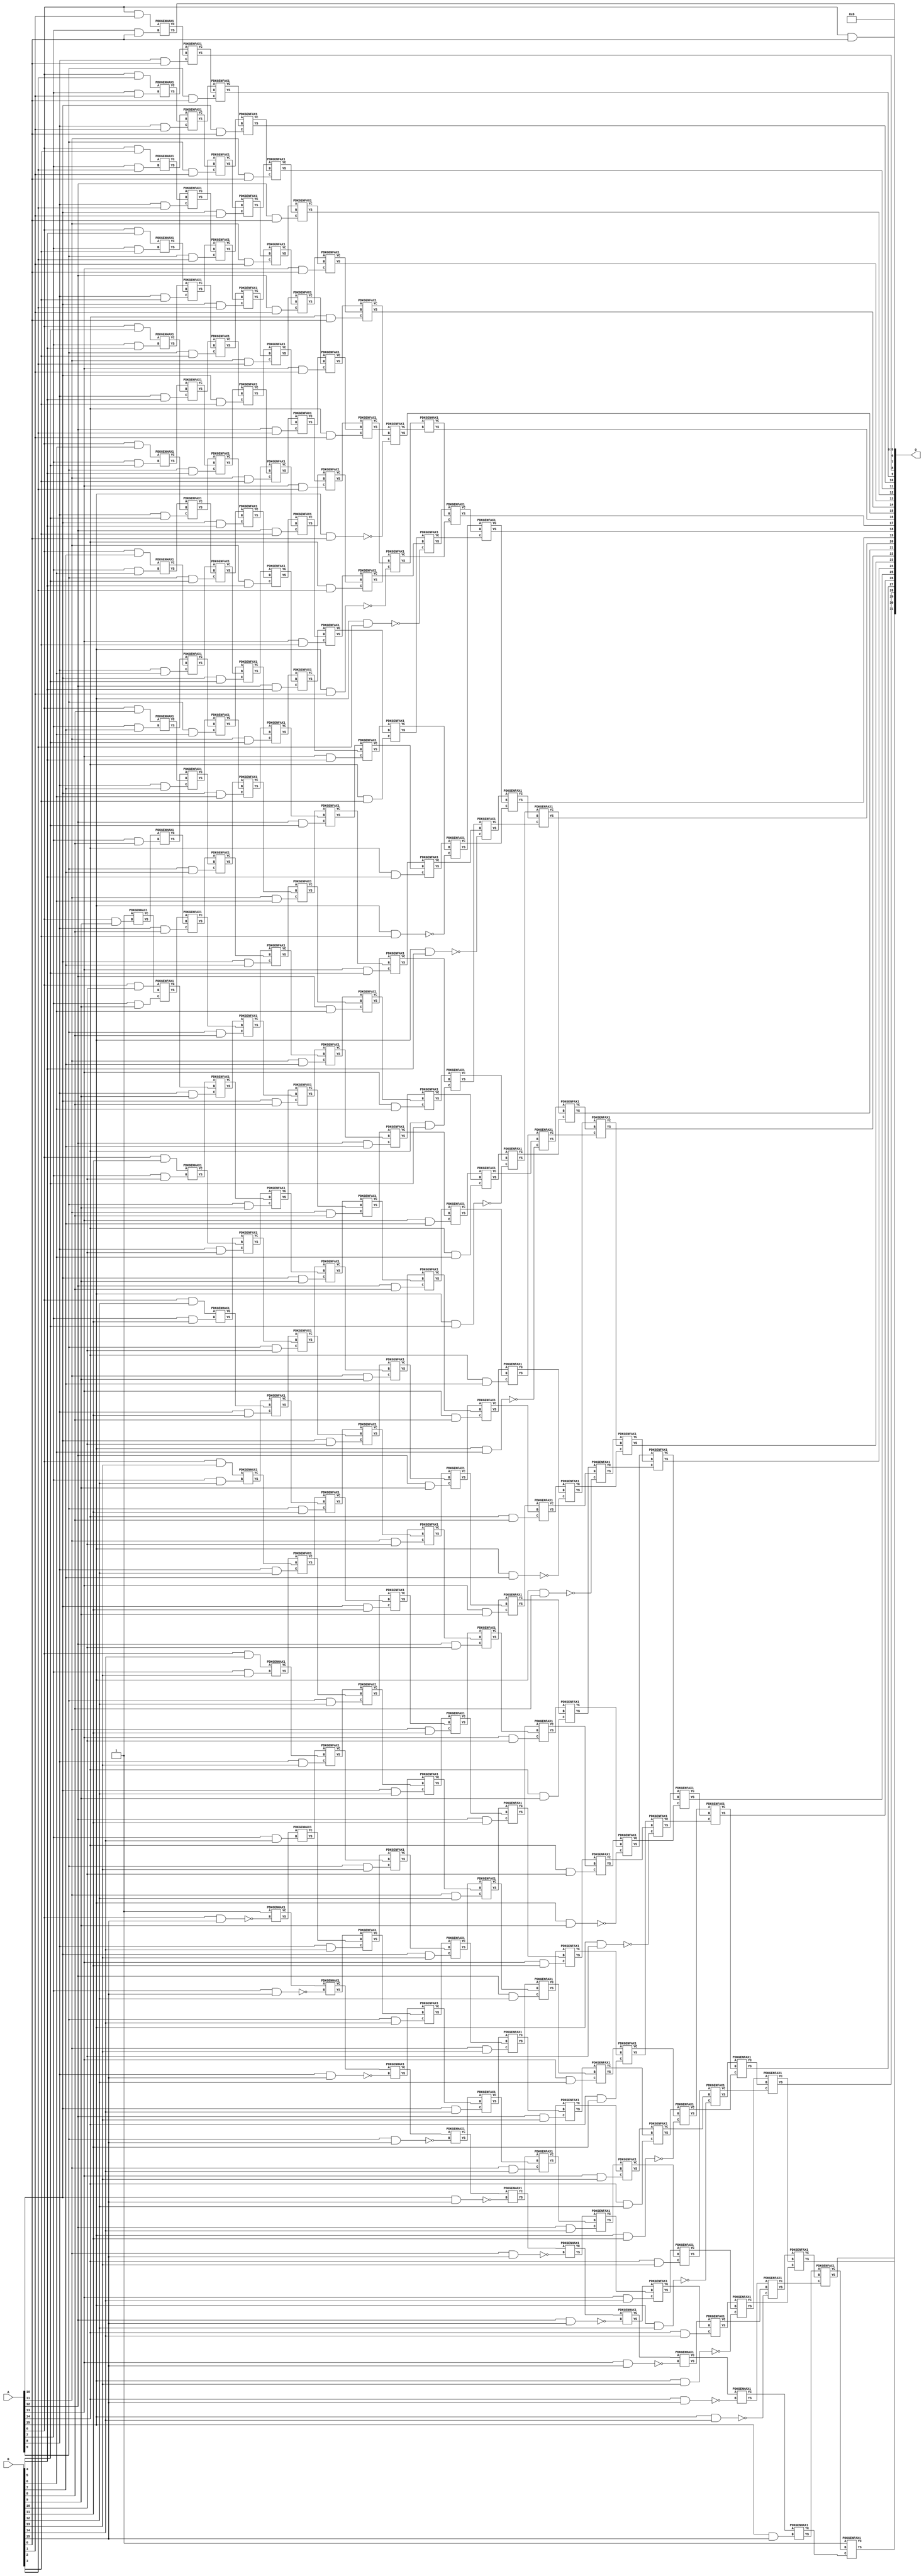
/***
* This code is a part of EvoApproxLib library (ehw.fit.vutbr.cz/approxlib) distributed under The MIT License.
* When used, please cite the following article(s): V. Mrazek, Z. Vasicek, L. Sekanina, H. Jiang and J. Han, "Scalable Construction of Approximate Multipliers With Formally Guaranteed Worst Case Error" in IEEE Transactions on Very Large Scale Integration (VLSI) Systems, vol. 26, no. 11, pp. 2572-2576, Nov. 2018. doi: 10.1109/TVLSI.2018.2856362 
* This file contains a circuit from a sub-set of pareto optimal circuits with respect to the pwr and mae parameters
***/
// MAE% = 0.012 %
// MAE = 516096 
// WCE% = 0.048 %
// WCE = 2064384 
// WCRE% = 6300.00 %
// EP% = 98.44 %
// MRE% = 1.06 %
// MSE = 47727.824e7 
// PDK45_PWR = 1.396 mW
// PDK45_AREA = 1932.6 um2
// PDK45_DELAY = 2.57 ns


module mul16s_GAT ( A, B, O );
  input [15:0] A;
  input [15:0] B;
  output [31:0] O;

  wire C_10_0,C_10_1,C_10_10,C_10_11,C_10_12,C_10_13,C_10_14,C_10_15,C_10_2,C_10_3,C_10_4,C_10_5,C_10_6,C_10_7,C_10_8,C_10_9,C_11_0,C_11_1,C_11_10,C_11_11,C_11_12,C_11_13,C_11_14,C_11_15,C_11_2,C_11_3,C_11_4,C_11_5,C_11_6,C_11_7,C_11_8,C_11_9,C_12_0,C_12_1,C_12_10,C_12_11,C_12_12,C_12_13,C_12_14,C_12_15,C_12_2,C_12_3,C_12_4,C_12_5,C_12_6,C_12_7,C_12_8,C_12_9,C_13_0,C_13_1,C_13_10,C_13_11,C_13_12,C_13_13,C_13_14,C_13_15,C_13_2,C_13_3,C_13_4,C_13_5,C_13_6,C_13_7,C_13_8,C_13_9,C_14_0,C_14_1,C_14_10,C_14_11,C_14_12,C_14_13,C_14_14,C_14_15,C_14_2,C_14_3,C_14_4,C_14_5,C_14_6,C_14_7,C_14_8,C_14_9,C_15_0,C_15_1,C_15_10,C_15_11,C_15_12,C_15_13,C_15_14,C_15_15,C_15_2,C_15_3,C_15_4,C_15_5,C_15_6,C_15_7,C_15_8,C_15_9,C_16_0,C_16_1,C_16_10,C_16_11,C_16_12,C_16_13,C_16_14,C_16_15,C_16_2,C_16_3,C_16_4,C_16_5,C_16_6,C_16_7,C_16_8,C_16_9,C_6_15,C_6_9,C_7_0,C_7_1,C_7_10,C_7_11,C_7_12,C_7_13,C_7_14,C_7_15,C_7_2,C_7_3,C_7_4,C_7_5,C_7_6,C_7_7,C_7_8,C_7_9,C_8_0,C_8_1,C_8_10,C_8_11,C_8_12,C_8_13,C_8_14,C_8_15,C_8_2,C_8_3,C_8_4,C_8_5,C_8_6,C_8_7,C_8_8,C_8_9,C_9_0,C_9_1,C_9_10,C_9_11,C_9_12,C_9_13,C_9_14,C_9_15,C_9_2,C_9_3,C_9_4,C_9_5,C_9_6,C_9_7,C_9_8,C_9_9,S_0_15,S_10_0,S_10_1,S_10_10,S_10_11,S_10_12,S_10_13,S_10_14,S_10_15,S_10_2,S_10_3,S_10_4,S_10_5,S_10_6,S_10_7,S_10_8,S_10_9,S_11_0,S_11_1,S_11_10,S_11_11,S_11_12,S_11_13,S_11_14,S_11_15,S_11_2,S_11_3,S_11_4,S_11_5,S_11_6,S_11_7,S_11_8,S_11_9,S_12_0,S_12_1,S_12_10,S_12_11,S_12_12,S_12_13,S_12_14,S_12_15,S_12_2,S_12_3,S_12_4,S_12_5,S_12_6,S_12_7,S_12_8,S_12_9,S_13_0,S_13_1,S_13_10,S_13_11,S_13_12,S_13_13,S_13_14,S_13_15,S_13_2,S_13_3,S_13_4,S_13_5,S_13_6,S_13_7,S_13_8,S_13_9,S_14_0,S_14_1,S_14_10,S_14_11,S_14_12,S_14_13,S_14_14,S_14_15,S_14_2,S_14_3,S_14_4,S_14_5,S_14_6,S_14_7,S_14_8,S_14_9,S_15_0,S_15_1,S_15_10,S_15_11,S_15_12,S_15_13,S_15_14,S_15_15,S_15_2,S_15_3,S_15_4,S_15_5,S_15_6,S_15_7,S_15_8,S_15_9,S_16_0,S_16_1,S_16_10,S_16_11,S_16_12,S_16_13,S_16_14,S_16_15,S_16_2,S_16_3,S_16_4,S_16_5,S_16_6,S_16_7,S_16_8,S_16_9,S_1_14,S_2_13,S_3_12,S_4_11,S_5_10,S_6_0,S_6_1,S_6_10,S_6_11,S_6_12,S_6_13,S_6_14,S_6_15,S_6_2,S_6_3,S_6_4,S_6_5,S_6_6,S_6_7,S_6_8,S_6_9,S_7_0,S_7_1,S_7_10,S_7_11,S_7_12,S_7_13,S_7_14,S_7_15,S_7_2,S_7_3,S_7_4,S_7_5,S_7_6,S_7_7,S_7_8,S_7_9,S_8_0,S_8_1,S_8_10,S_8_11,S_8_12,S_8_13,S_8_14,S_8_15,S_8_2,S_8_3,S_8_4,S_8_5,S_8_6,S_8_7,S_8_8,S_8_9,S_9_0,S_9_1,S_9_10,S_9_11,S_9_12,S_9_13,S_9_14,S_9_15,S_9_2,S_9_3,S_9_4,S_9_5,S_9_6,S_9_7,S_9_8,S_9_9;

  assign S_0_15 = 1'b1;
  assign S_1_14 = 1'b1;
  assign S_2_13 = 1'b1;
  assign S_3_12 = 1'b1;
  assign S_4_11 = 1'b1;
  assign S_5_10 = 1'b1;
  assign S_6_0 = (A[6] & B[0]);
  assign S_6_1 = (A[6] & B[1]);
  assign S_6_2 = (A[6] & B[2]);
  assign S_6_3 = (A[6] & B[3]);
  assign S_6_4 = (A[6] & B[4]);
  assign S_6_5 = (A[6] & B[5]);
  assign S_6_6 = (A[6] & B[6]);
  assign S_6_7 = (A[6] & B[7]);
  assign S_6_8 = (A[6] & B[8]);
  PDKGENHAX1 U171898 (.A(S_5_10), .B((A[6] & B[9])), .YS(S_6_9), .YC(C_6_9));
  assign S_6_10 = (A[6] & B[10]);
  assign S_6_11 = (A[6] & B[11]);
  assign S_6_12 = (A[6] & B[12]);
  assign S_6_13 = (A[6] & B[13]);
  assign S_6_14 = (A[6] & B[14]);
  PDKGENHAX1 U171904 (.A(1'b1), .B(~(A[6] & B[15])), .YS(S_6_15), .YC(C_6_15));
  PDKGENHAX1 U171905 (.A(S_6_1), .B((A[7] & B[0])), .YS(S_7_0), .YC(C_7_0));
  PDKGENHAX1 U171906 (.A(S_6_2), .B((A[7] & B[1])), .YS(S_7_1), .YC(C_7_1));
  PDKGENHAX1 U171907 (.A(S_6_3), .B((A[7] & B[2])), .YS(S_7_2), .YC(C_7_2));
  PDKGENHAX1 U171908 (.A(S_6_4), .B((A[7] & B[3])), .YS(S_7_3), .YC(C_7_3));
  PDKGENHAX1 U171909 (.A(S_6_5), .B((A[7] & B[4])), .YS(S_7_4), .YC(C_7_4));
  PDKGENHAX1 U171910 (.A(S_6_6), .B((A[7] & B[5])), .YS(S_7_5), .YC(C_7_5));
  PDKGENHAX1 U171911 (.A(S_6_7), .B((A[7] & B[6])), .YS(S_7_6), .YC(C_7_6));
  PDKGENHAX1 U171912 (.A(S_6_8), .B((A[7] & B[7])), .YS(S_7_7), .YC(C_7_7));
  PDKGENHAX1 U171913 (.A(S_6_9), .B((A[7] & B[8])), .YS(S_7_8), .YC(C_7_8));
  PDKGENFAX1 U171914 (.A(S_6_10), .B(C_6_9), .C((A[7] & B[9])), .YS(S_7_9), .YC(C_7_9));
  PDKGENHAX1 U171915 (.A(S_6_11), .B((A[7] & B[10])), .YS(S_7_10), .YC(C_7_10));
  PDKGENHAX1 U171916 (.A(S_6_12), .B((A[7] & B[11])), .YS(S_7_11), .YC(C_7_11));
  PDKGENHAX1 U171917 (.A(S_6_13), .B((A[7] & B[12])), .YS(S_7_12), .YC(C_7_12));
  PDKGENHAX1 U171918 (.A(S_6_14), .B((A[7] & B[13])), .YS(S_7_13), .YC(C_7_13));
  PDKGENHAX1 U171919 (.A(S_6_15), .B((A[7] & B[14])), .YS(S_7_14), .YC(C_7_14));
  PDKGENHAX1 U171920 (.A(C_6_15), .B(~(A[7] & B[15])), .YS(S_7_15), .YC(C_7_15));
  PDKGENFAX1 U171921 (.A(S_7_1), .B(C_7_0), .C((A[8] & B[0])), .YS(S_8_0), .YC(C_8_0));
  PDKGENFAX1 U171922 (.A(S_7_2), .B(C_7_1), .C((A[8] & B[1])), .YS(S_8_1), .YC(C_8_1));
  PDKGENFAX1 U171923 (.A(S_7_3), .B(C_7_2), .C((A[8] & B[2])), .YS(S_8_2), .YC(C_8_2));
  PDKGENFAX1 U171924 (.A(S_7_4), .B(C_7_3), .C((A[8] & B[3])), .YS(S_8_3), .YC(C_8_3));
  PDKGENFAX1 U171925 (.A(S_7_5), .B(C_7_4), .C((A[8] & B[4])), .YS(S_8_4), .YC(C_8_4));
  PDKGENFAX1 U171926 (.A(S_7_6), .B(C_7_5), .C((A[8] & B[5])), .YS(S_8_5), .YC(C_8_5));
  PDKGENFAX1 U171927 (.A(S_7_7), .B(C_7_6), .C((A[8] & B[6])), .YS(S_8_6), .YC(C_8_6));
  PDKGENFAX1 U171928 (.A(S_7_8), .B(C_7_7), .C((A[8] & B[7])), .YS(S_8_7), .YC(C_8_7));
  PDKGENFAX1 U171929 (.A(S_7_9), .B(C_7_8), .C((A[8] & B[8])), .YS(S_8_8), .YC(C_8_8));
  PDKGENFAX1 U171930 (.A(S_7_10), .B(C_7_9), .C((A[8] & B[9])), .YS(S_8_9), .YC(C_8_9));
  PDKGENFAX1 U171931 (.A(S_7_11), .B(C_7_10), .C((A[8] & B[10])), .YS(S_8_10), .YC(C_8_10));
  PDKGENFAX1 U171932 (.A(S_7_12), .B(C_7_11), .C((A[8] & B[11])), .YS(S_8_11), .YC(C_8_11));
  PDKGENFAX1 U171933 (.A(S_7_13), .B(C_7_12), .C((A[8] & B[12])), .YS(S_8_12), .YC(C_8_12));
  PDKGENFAX1 U171934 (.A(S_7_14), .B(C_7_13), .C((A[8] & B[13])), .YS(S_8_13), .YC(C_8_13));
  PDKGENFAX1 U171935 (.A(S_7_15), .B(C_7_14), .C((A[8] & B[14])), .YS(S_8_14), .YC(C_8_14));
  PDKGENHAX1 U171936 (.A(C_7_15), .B(~(A[8] & B[15])), .YS(S_8_15), .YC(C_8_15));
  PDKGENFAX1 U171937 (.A(S_8_1), .B(C_8_0), .C((A[9] & B[0])), .YS(S_9_0), .YC(C_9_0));
  PDKGENFAX1 U171938 (.A(S_8_2), .B(C_8_1), .C((A[9] & B[1])), .YS(S_9_1), .YC(C_9_1));
  PDKGENFAX1 U171939 (.A(S_8_3), .B(C_8_2), .C((A[9] & B[2])), .YS(S_9_2), .YC(C_9_2));
  PDKGENFAX1 U171940 (.A(S_8_4), .B(C_8_3), .C((A[9] & B[3])), .YS(S_9_3), .YC(C_9_3));
  PDKGENFAX1 U171941 (.A(S_8_5), .B(C_8_4), .C((A[9] & B[4])), .YS(S_9_4), .YC(C_9_4));
  PDKGENFAX1 U171942 (.A(S_8_6), .B(C_8_5), .C((A[9] & B[5])), .YS(S_9_5), .YC(C_9_5));
  PDKGENFAX1 U171943 (.A(S_8_7), .B(C_8_6), .C((A[9] & B[6])), .YS(S_9_6), .YC(C_9_6));
  PDKGENFAX1 U171944 (.A(S_8_8), .B(C_8_7), .C((A[9] & B[7])), .YS(S_9_7), .YC(C_9_7));
  PDKGENFAX1 U171945 (.A(S_8_9), .B(C_8_8), .C((A[9] & B[8])), .YS(S_9_8), .YC(C_9_8));
  PDKGENFAX1 U171946 (.A(S_8_10), .B(C_8_9), .C((A[9] & B[9])), .YS(S_9_9), .YC(C_9_9));
  PDKGENFAX1 U171947 (.A(S_8_11), .B(C_8_10), .C((A[9] & B[10])), .YS(S_9_10), .YC(C_9_10));
  PDKGENFAX1 U171948 (.A(S_8_12), .B(C_8_11), .C((A[9] & B[11])), .YS(S_9_11), .YC(C_9_11));
  PDKGENFAX1 U171949 (.A(S_8_13), .B(C_8_12), .C((A[9] & B[12])), .YS(S_9_12), .YC(C_9_12));
  PDKGENFAX1 U171950 (.A(S_8_14), .B(C_8_13), .C((A[9] & B[13])), .YS(S_9_13), .YC(C_9_13));
  PDKGENFAX1 U171951 (.A(S_8_15), .B(C_8_14), .C((A[9] & B[14])), .YS(S_9_14), .YC(C_9_14));
  PDKGENHAX1 U171952 (.A(C_8_15), .B(~(A[9] & B[15])), .YS(S_9_15), .YC(C_9_15));
  PDKGENFAX1 U171953 (.A(S_9_1), .B(C_9_0), .C((A[10] & B[0])), .YS(S_10_0), .YC(C_10_0));
  PDKGENFAX1 U171954 (.A(S_9_2), .B(C_9_1), .C((A[10] & B[1])), .YS(S_10_1), .YC(C_10_1));
  PDKGENFAX1 U171955 (.A(S_9_3), .B(C_9_2), .C((A[10] & B[2])), .YS(S_10_2), .YC(C_10_2));
  PDKGENFAX1 U171956 (.A(S_9_4), .B(C_9_3), .C((A[10] & B[3])), .YS(S_10_3), .YC(C_10_3));
  PDKGENFAX1 U171957 (.A(S_9_5), .B(C_9_4), .C((A[10] & B[4])), .YS(S_10_4), .YC(C_10_4));
  PDKGENFAX1 U171958 (.A(S_9_6), .B(C_9_5), .C((A[10] & B[5])), .YS(S_10_5), .YC(C_10_5));
  PDKGENFAX1 U171959 (.A(S_9_7), .B(C_9_6), .C((A[10] & B[6])), .YS(S_10_6), .YC(C_10_6));
  PDKGENFAX1 U171960 (.A(S_9_8), .B(C_9_7), .C((A[10] & B[7])), .YS(S_10_7), .YC(C_10_7));
  PDKGENFAX1 U171961 (.A(S_9_9), .B(C_9_8), .C((A[10] & B[8])), .YS(S_10_8), .YC(C_10_8));
  PDKGENFAX1 U171962 (.A(S_9_10), .B(C_9_9), .C((A[10] & B[9])), .YS(S_10_9), .YC(C_10_9));
  PDKGENFAX1 U171963 (.A(S_9_11), .B(C_9_10), .C((A[10] & B[10])), .YS(S_10_10), .YC(C_10_10));
  PDKGENFAX1 U171964 (.A(S_9_12), .B(C_9_11), .C((A[10] & B[11])), .YS(S_10_11), .YC(C_10_11));
  PDKGENFAX1 U171965 (.A(S_9_13), .B(C_9_12), .C((A[10] & B[12])), .YS(S_10_12), .YC(C_10_12));
  PDKGENFAX1 U171966 (.A(S_9_14), .B(C_9_13), .C((A[10] & B[13])), .YS(S_10_13), .YC(C_10_13));
  PDKGENFAX1 U171967 (.A(S_9_15), .B(C_9_14), .C((A[10] & B[14])), .YS(S_10_14), .YC(C_10_14));
  PDKGENHAX1 U171968 (.A(C_9_15), .B(~(A[10] & B[15])), .YS(S_10_15), .YC(C_10_15));
  PDKGENFAX1 U171969 (.A(S_10_1), .B(C_10_0), .C((A[11] & B[0])), .YS(S_11_0), .YC(C_11_0));
  PDKGENFAX1 U171970 (.A(S_10_2), .B(C_10_1), .C((A[11] & B[1])), .YS(S_11_1), .YC(C_11_1));
  PDKGENFAX1 U171971 (.A(S_10_3), .B(C_10_2), .C((A[11] & B[2])), .YS(S_11_2), .YC(C_11_2));
  PDKGENFAX1 U171972 (.A(S_10_4), .B(C_10_3), .C((A[11] & B[3])), .YS(S_11_3), .YC(C_11_3));
  PDKGENFAX1 U171973 (.A(S_10_5), .B(C_10_4), .C((A[11] & B[4])), .YS(S_11_4), .YC(C_11_4));
  PDKGENFAX1 U171974 (.A(S_10_6), .B(C_10_5), .C((A[11] & B[5])), .YS(S_11_5), .YC(C_11_5));
  PDKGENFAX1 U171975 (.A(S_10_7), .B(C_10_6), .C((A[11] & B[6])), .YS(S_11_6), .YC(C_11_6));
  PDKGENFAX1 U171976 (.A(S_10_8), .B(C_10_7), .C((A[11] & B[7])), .YS(S_11_7), .YC(C_11_7));
  PDKGENFAX1 U171977 (.A(S_10_9), .B(C_10_8), .C((A[11] & B[8])), .YS(S_11_8), .YC(C_11_8));
  PDKGENFAX1 U171978 (.A(S_10_10), .B(C_10_9), .C((A[11] & B[9])), .YS(S_11_9), .YC(C_11_9));
  PDKGENFAX1 U171979 (.A(S_10_11), .B(C_10_10), .C((A[11] & B[10])), .YS(S_11_10), .YC(C_11_10));
  PDKGENFAX1 U171980 (.A(S_10_12), .B(C_10_11), .C((A[11] & B[11])), .YS(S_11_11), .YC(C_11_11));
  PDKGENFAX1 U171981 (.A(S_10_13), .B(C_10_12), .C((A[11] & B[12])), .YS(S_11_12), .YC(C_11_12));
  PDKGENFAX1 U171982 (.A(S_10_14), .B(C_10_13), .C((A[11] & B[13])), .YS(S_11_13), .YC(C_11_13));
  PDKGENFAX1 U171983 (.A(S_10_15), .B(C_10_14), .C((A[11] & B[14])), .YS(S_11_14), .YC(C_11_14));
  PDKGENHAX1 U171984 (.A(C_10_15), .B(~(A[11] & B[15])), .YS(S_11_15), .YC(C_11_15));
  PDKGENFAX1 U171985 (.A(S_11_1), .B(C_11_0), .C((A[12] & B[0])), .YS(S_12_0), .YC(C_12_0));
  PDKGENFAX1 U171986 (.A(S_11_2), .B(C_11_1), .C((A[12] & B[1])), .YS(S_12_1), .YC(C_12_1));
  PDKGENFAX1 U171987 (.A(S_11_3), .B(C_11_2), .C((A[12] & B[2])), .YS(S_12_2), .YC(C_12_2));
  PDKGENFAX1 U171988 (.A(S_11_4), .B(C_11_3), .C((A[12] & B[3])), .YS(S_12_3), .YC(C_12_3));
  PDKGENFAX1 U171989 (.A(S_11_5), .B(C_11_4), .C((A[12] & B[4])), .YS(S_12_4), .YC(C_12_4));
  PDKGENFAX1 U171990 (.A(S_11_6), .B(C_11_5), .C((A[12] & B[5])), .YS(S_12_5), .YC(C_12_5));
  PDKGENFAX1 U171991 (.A(S_11_7), .B(C_11_6), .C((A[12] & B[6])), .YS(S_12_6), .YC(C_12_6));
  PDKGENFAX1 U171992 (.A(S_11_8), .B(C_11_7), .C((A[12] & B[7])), .YS(S_12_7), .YC(C_12_7));
  PDKGENFAX1 U171993 (.A(S_11_9), .B(C_11_8), .C((A[12] & B[8])), .YS(S_12_8), .YC(C_12_8));
  PDKGENFAX1 U171994 (.A(S_11_10), .B(C_11_9), .C((A[12] & B[9])), .YS(S_12_9), .YC(C_12_9));
  PDKGENFAX1 U171995 (.A(S_11_11), .B(C_11_10), .C((A[12] & B[10])), .YS(S_12_10), .YC(C_12_10));
  PDKGENFAX1 U171996 (.A(S_11_12), .B(C_11_11), .C((A[12] & B[11])), .YS(S_12_11), .YC(C_12_11));
  PDKGENFAX1 U171997 (.A(S_11_13), .B(C_11_12), .C((A[12] & B[12])), .YS(S_12_12), .YC(C_12_12));
  PDKGENFAX1 U171998 (.A(S_11_14), .B(C_11_13), .C((A[12] & B[13])), .YS(S_12_13), .YC(C_12_13));
  PDKGENFAX1 U171999 (.A(S_11_15), .B(C_11_14), .C((A[12] & B[14])), .YS(S_12_14), .YC(C_12_14));
  PDKGENHAX1 U172000 (.A(C_11_15), .B(~(A[12] & B[15])), .YS(S_12_15), .YC(C_12_15));
  PDKGENFAX1 U172001 (.A(S_12_1), .B(C_12_0), .C((A[13] & B[0])), .YS(S_13_0), .YC(C_13_0));
  PDKGENFAX1 U172002 (.A(S_12_2), .B(C_12_1), .C((A[13] & B[1])), .YS(S_13_1), .YC(C_13_1));
  PDKGENFAX1 U172003 (.A(S_12_3), .B(C_12_2), .C((A[13] & B[2])), .YS(S_13_2), .YC(C_13_2));
  PDKGENFAX1 U172004 (.A(S_12_4), .B(C_12_3), .C((A[13] & B[3])), .YS(S_13_3), .YC(C_13_3));
  PDKGENFAX1 U172005 (.A(S_12_5), .B(C_12_4), .C((A[13] & B[4])), .YS(S_13_4), .YC(C_13_4));
  PDKGENFAX1 U172006 (.A(S_12_6), .B(C_12_5), .C((A[13] & B[5])), .YS(S_13_5), .YC(C_13_5));
  PDKGENFAX1 U172007 (.A(S_12_7), .B(C_12_6), .C((A[13] & B[6])), .YS(S_13_6), .YC(C_13_6));
  PDKGENFAX1 U172008 (.A(S_12_8), .B(C_12_7), .C((A[13] & B[7])), .YS(S_13_7), .YC(C_13_7));
  PDKGENFAX1 U172009 (.A(S_12_9), .B(C_12_8), .C((A[13] & B[8])), .YS(S_13_8), .YC(C_13_8));
  PDKGENFAX1 U172010 (.A(S_12_10), .B(C_12_9), .C((A[13] & B[9])), .YS(S_13_9), .YC(C_13_9));
  PDKGENFAX1 U172011 (.A(S_12_11), .B(C_12_10), .C((A[13] & B[10])), .YS(S_13_10), .YC(C_13_10));
  PDKGENFAX1 U172012 (.A(S_12_12), .B(C_12_11), .C((A[13] & B[11])), .YS(S_13_11), .YC(C_13_11));
  PDKGENFAX1 U172013 (.A(S_12_13), .B(C_12_12), .C((A[13] & B[12])), .YS(S_13_12), .YC(C_13_12));
  PDKGENFAX1 U172014 (.A(S_12_14), .B(C_12_13), .C((A[13] & B[13])), .YS(S_13_13), .YC(C_13_13));
  PDKGENFAX1 U172015 (.A(S_12_15), .B(C_12_14), .C((A[13] & B[14])), .YS(S_13_14), .YC(C_13_14));
  PDKGENHAX1 U172016 (.A(C_12_15), .B(~(A[13] & B[15])), .YS(S_13_15), .YC(C_13_15));
  PDKGENFAX1 U172017 (.A(S_13_1), .B(C_13_0), .C((A[14] & B[0])), .YS(S_14_0), .YC(C_14_0));
  PDKGENFAX1 U172018 (.A(S_13_2), .B(C_13_1), .C((A[14] & B[1])), .YS(S_14_1), .YC(C_14_1));
  PDKGENFAX1 U172019 (.A(S_13_3), .B(C_13_2), .C((A[14] & B[2])), .YS(S_14_2), .YC(C_14_2));
  PDKGENFAX1 U172020 (.A(S_13_4), .B(C_13_3), .C((A[14] & B[3])), .YS(S_14_3), .YC(C_14_3));
  PDKGENFAX1 U172021 (.A(S_13_5), .B(C_13_4), .C((A[14] & B[4])), .YS(S_14_4), .YC(C_14_4));
  PDKGENFAX1 U172022 (.A(S_13_6), .B(C_13_5), .C((A[14] & B[5])), .YS(S_14_5), .YC(C_14_5));
  PDKGENFAX1 U172023 (.A(S_13_7), .B(C_13_6), .C((A[14] & B[6])), .YS(S_14_6), .YC(C_14_6));
  PDKGENFAX1 U172024 (.A(S_13_8), .B(C_13_7), .C((A[14] & B[7])), .YS(S_14_7), .YC(C_14_7));
  PDKGENFAX1 U172025 (.A(S_13_9), .B(C_13_8), .C((A[14] & B[8])), .YS(S_14_8), .YC(C_14_8));
  PDKGENFAX1 U172026 (.A(S_13_10), .B(C_13_9), .C((A[14] & B[9])), .YS(S_14_9), .YC(C_14_9));
  PDKGENFAX1 U172027 (.A(S_13_11), .B(C_13_10), .C((A[14] & B[10])), .YS(S_14_10), .YC(C_14_10));
  PDKGENFAX1 U172028 (.A(S_13_12), .B(C_13_11), .C((A[14] & B[11])), .YS(S_14_11), .YC(C_14_11));
  PDKGENFAX1 U172029 (.A(S_13_13), .B(C_13_12), .C((A[14] & B[12])), .YS(S_14_12), .YC(C_14_12));
  PDKGENFAX1 U172030 (.A(S_13_14), .B(C_13_13), .C((A[14] & B[13])), .YS(S_14_13), .YC(C_14_13));
  PDKGENFAX1 U172031 (.A(S_13_15), .B(C_13_14), .C((A[14] & B[14])), .YS(S_14_14), .YC(C_14_14));
  PDKGENHAX1 U172032 (.A(C_13_15), .B(~(A[14] & B[15])), .YS(S_14_15), .YC(C_14_15));
  PDKGENFAX1 U172033 (.A(S_14_1), .B(C_14_0), .C(~(A[15] & B[0])), .YS(S_15_0), .YC(C_15_0));
  PDKGENFAX1 U172034 (.A(S_14_2), .B(C_14_1), .C(~(A[15] & B[1])), .YS(S_15_1), .YC(C_15_1));
  PDKGENFAX1 U172035 (.A(S_14_3), .B(C_14_2), .C(~(A[15] & B[2])), .YS(S_15_2), .YC(C_15_2));
  PDKGENFAX1 U172036 (.A(S_14_4), .B(C_14_3), .C(~(A[15] & B[3])), .YS(S_15_3), .YC(C_15_3));
  PDKGENFAX1 U172037 (.A(S_14_5), .B(C_14_4), .C(~(A[15] & B[4])), .YS(S_15_4), .YC(C_15_4));
  PDKGENFAX1 U172038 (.A(S_14_6), .B(C_14_5), .C(~(A[15] & B[5])), .YS(S_15_5), .YC(C_15_5));
  PDKGENFAX1 U172039 (.A(S_14_7), .B(C_14_6), .C(~(A[15] & B[6])), .YS(S_15_6), .YC(C_15_6));
  PDKGENFAX1 U172040 (.A(S_14_8), .B(C_14_7), .C(~(A[15] & B[7])), .YS(S_15_7), .YC(C_15_7));
  PDKGENFAX1 U172041 (.A(S_14_9), .B(C_14_8), .C(~(A[15] & B[8])), .YS(S_15_8), .YC(C_15_8));
  PDKGENFAX1 U172042 (.A(S_14_10), .B(C_14_9), .C(~(A[15] & B[9])), .YS(S_15_9), .YC(C_15_9));
  PDKGENFAX1 U172043 (.A(S_14_11), .B(C_14_10), .C(~(A[15] & B[10])), .YS(S_15_10), .YC(C_15_10));
  PDKGENFAX1 U172044 (.A(S_14_12), .B(C_14_11), .C(~(A[15] & B[11])), .YS(S_15_11), .YC(C_15_11));
  PDKGENFAX1 U172045 (.A(S_14_13), .B(C_14_12), .C(~(A[15] & B[12])), .YS(S_15_12), .YC(C_15_12));
  PDKGENFAX1 U172046 (.A(S_14_14), .B(C_14_13), .C(~(A[15] & B[13])), .YS(S_15_13), .YC(C_15_13));
  PDKGENFAX1 U172047 (.A(S_14_15), .B(C_14_14), .C(~(A[15] & B[14])), .YS(S_15_14), .YC(C_15_14));
  PDKGENHAX1 U172048 (.A(C_14_15), .B((A[15] & B[15])), .YS(S_15_15), .YC(C_15_15));
  PDKGENHAX1 U172049 (.A(S_15_1), .B(C_15_0), .YS(S_16_0), .YC(C_16_0));
  PDKGENFAX1 U172050 (.A(S_15_2), .B(C_16_0), .C(C_15_1), .YS(S_16_1), .YC(C_16_1));
  PDKGENFAX1 U172051 (.A(S_15_3), .B(C_16_1), .C(C_15_2), .YS(S_16_2), .YC(C_16_2));
  PDKGENFAX1 U172052 (.A(S_15_4), .B(C_16_2), .C(C_15_3), .YS(S_16_3), .YC(C_16_3));
  PDKGENFAX1 U172053 (.A(S_15_5), .B(C_16_3), .C(C_15_4), .YS(S_16_4), .YC(C_16_4));
  PDKGENFAX1 U172054 (.A(S_15_6), .B(C_16_4), .C(C_15_5), .YS(S_16_5), .YC(C_16_5));
  PDKGENFAX1 U172055 (.A(S_15_7), .B(C_16_5), .C(C_15_6), .YS(S_16_6), .YC(C_16_6));
  PDKGENFAX1 U172056 (.A(S_15_8), .B(C_16_6), .C(C_15_7), .YS(S_16_7), .YC(C_16_7));
  PDKGENFAX1 U172057 (.A(S_15_9), .B(C_16_7), .C(C_15_8), .YS(S_16_8), .YC(C_16_8));
  PDKGENFAX1 U172058 (.A(S_15_10), .B(C_16_8), .C(C_15_9), .YS(S_16_9), .YC(C_16_9));
  PDKGENFAX1 U172059 (.A(S_15_11), .B(C_16_9), .C(C_15_10), .YS(S_16_10), .YC(C_16_10));
  PDKGENFAX1 U172060 (.A(S_15_12), .B(C_16_10), .C(C_15_11), .YS(S_16_11), .YC(C_16_11));
  PDKGENFAX1 U172061 (.A(S_15_13), .B(C_16_11), .C(C_15_12), .YS(S_16_12), .YC(C_16_12));
  PDKGENFAX1 U172062 (.A(S_15_14), .B(C_16_12), .C(C_15_13), .YS(S_16_13), .YC(C_16_13));
  PDKGENFAX1 U172063 (.A(S_15_15), .B(C_16_13), .C(C_15_14), .YS(S_16_14), .YC(C_16_14));
  PDKGENFAX1 U172064 (.A(1'b1), .B(C_16_14), .C(C_15_15), .YS(S_16_15), .YC(C_16_15));
  assign O = {S_16_15,S_16_14,S_16_13,S_16_12,S_16_11,S_16_10,S_16_9,S_16_8,S_16_7,S_16_6,S_16_5,S_16_4,S_16_3,S_16_2,S_16_1,S_16_0,S_15_0,S_14_0,S_13_0,S_12_0,S_11_0,S_10_0,S_9_0,S_8_0,S_7_0,S_6_0,1'b0,1'b0,1'b0,1'b0,1'b0,1'b0};

endmodule

/* mod */
module PDKGENHAX1( input A, input B, output YS, output YC );
    assign YS = A ^ B;
    assign YC = A & B;
endmodule
/* mod */
module PDKGENFAX1( input A, input B, input C, output YS, output YC );
    assign YS = (A ^ B) ^ C;
    assign YC = (A & B) | (B & C) | (A & C);
endmodule